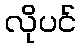
လိုပင်